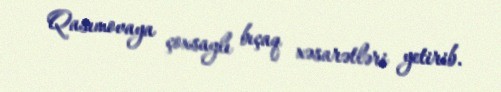
Qasımovaya çoxsaylı bıçaq xəsarətləri yetirib.